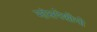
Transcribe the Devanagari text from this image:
मांसपेशीयो